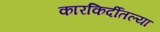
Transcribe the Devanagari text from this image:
कारकिर्दीतल्या